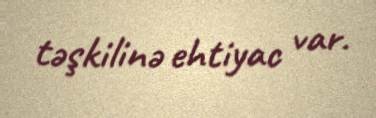
təşkilinə ehtiyac var.